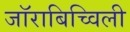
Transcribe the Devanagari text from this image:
जॉराबिच्विली